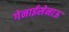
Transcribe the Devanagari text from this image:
गेनाईसेनाऊ